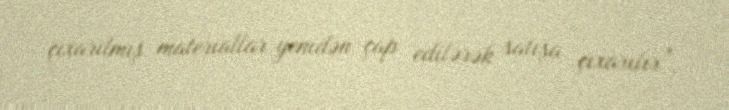
çıxarılmış materiallar yenidən çap edilərək satışa çıxarılır”.